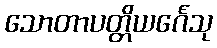
သောတာပတ္တိယင်္ဂေသု